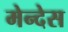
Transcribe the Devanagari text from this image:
मेन्देस